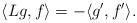
LaTeX: \begin{align*} \langle Lg,f\rangle = - \langle g', f'\rangle.\end{align*}